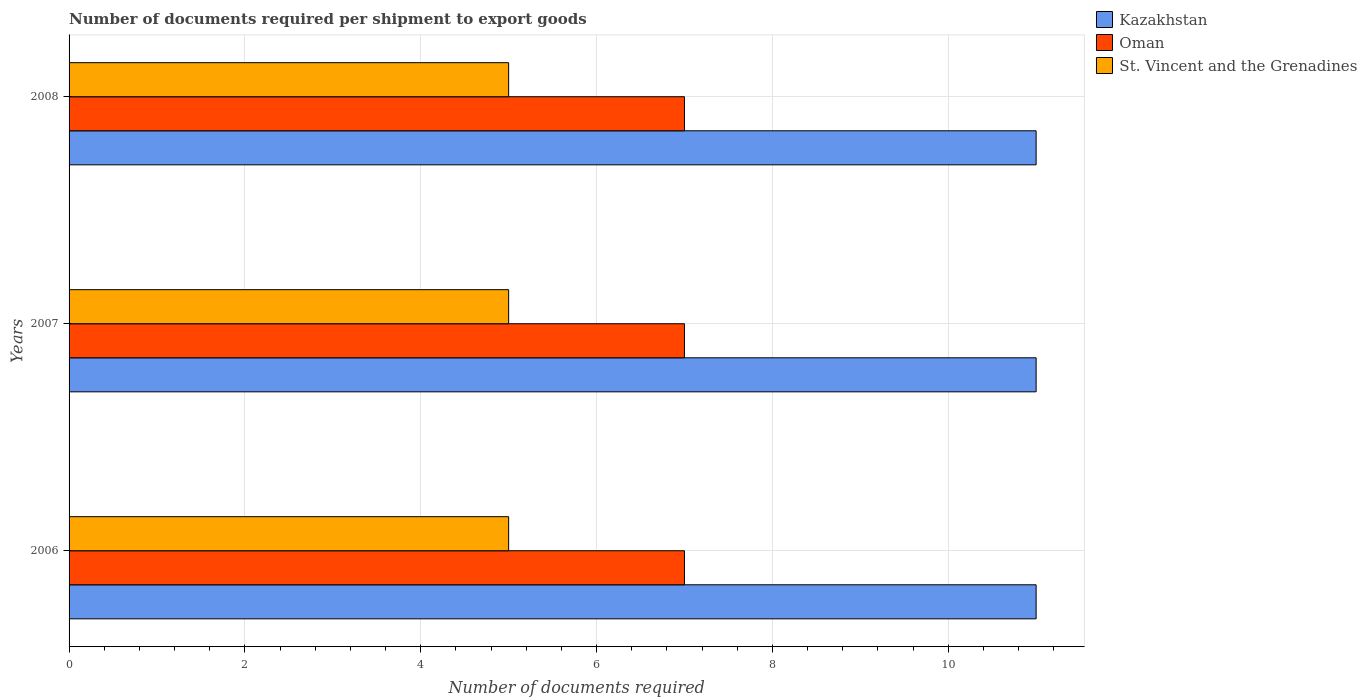
| Years | Kazakhstan | Oman | St. Vincent and the Grenadines |
 | --- | --- | --- | --- |
 | 2006 | 11 | 7 | 5 |
 | 2007 | 11 | 7 | 5 |
 | 2008 | 11 | 7 | 5 |